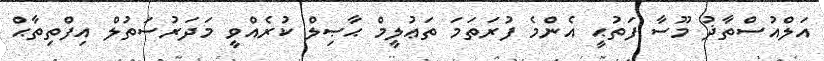
އަލްއުސްތާޛު މޫސާ ފަތުޙީ އެންމެ ފުރަތަމަ ތަޢުލީމް ޙާޞިލް ކުރެއްވީ މަދަރުސަތުލް އިފްތިތާޙް